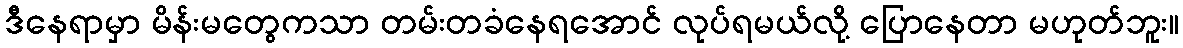
ဒီနေရာမှာ မိန်းမတွေကသာ တမ်းတခံနေရအောင် လုပ်ရမယ်လို့ ပြောနေတာ မဟုတ်ဘူး။